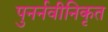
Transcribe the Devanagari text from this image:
पुनर्नवीनिकृत